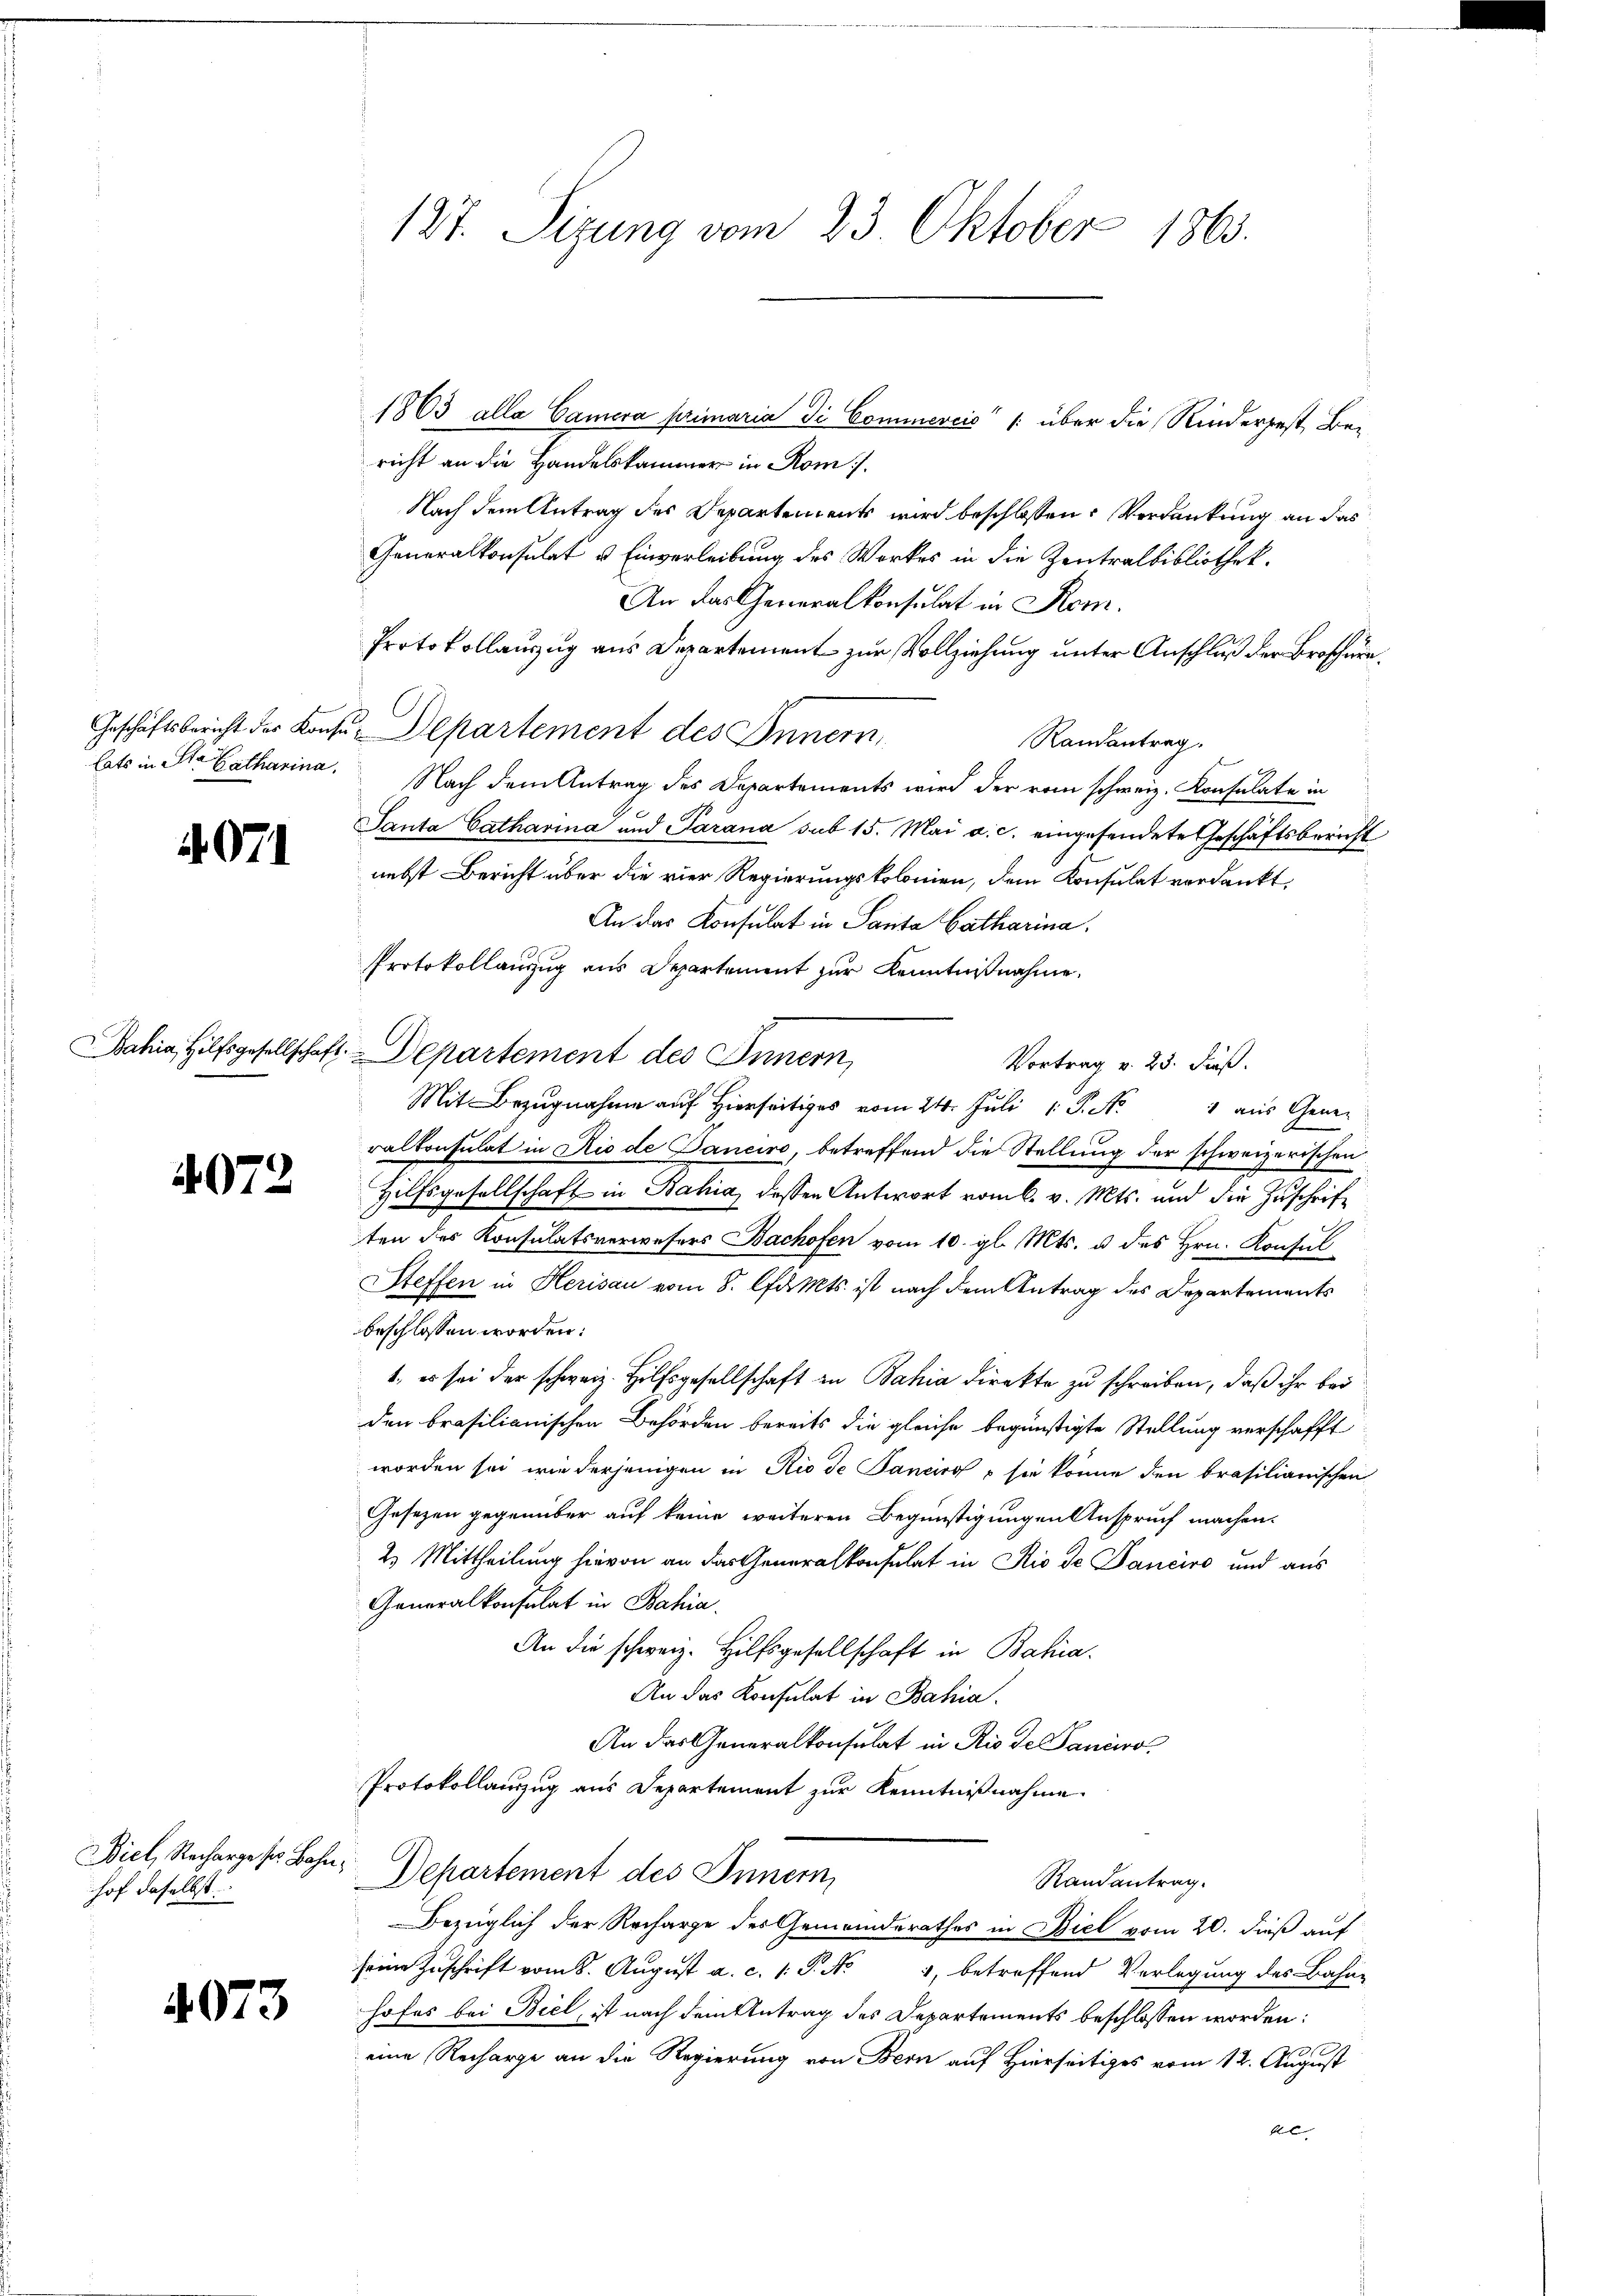
Geschäftsbericht des Konsi
lats in St. Catharina.

4071

4072

Biel, Recharge ser Bahn
hof daselbst

4073

127. Sizung vom 23. Oktober 1863.

1863 alle Camera primaria di Cominereis /: über die Rinderpest, Be-
richt an die Handelskammer in Rom.
Nach dem Antrag des Departements wird beschlossen: Verdankung an das
Generalkonsulat & Einverleibung des Werkes in die Zentralbibliothek.
An das Generalkonsulat in Rom.
Protokollauszug aus Departement zur Vollziehung unter Anschluß der Broschura¬
Departement des Innern
Randantrag.
Nach dem Antrag des Departements wird der vom schweiz. Konsulate in
Santa Catharina und Parana sub 15. Mai a. c. eingesendete Geschäftsbericht
nebst Bericht über die vier Regierungskolonien, dem Konsulat verdankt.
An das Konsulat in Santa Catharina,
Protokollauszug aus Departement zur Kenntnißnahme.
Bahia Hilfsgesellschaft. Departement des Innern,
Vortrag v. 25. Fuß.
Mit Bezugnahme auf hierseitiges vom 24. Juli 1 S. N. 1 aŭs Gener
ralkonsulat in Rio de Banciro, betreffend die Stellung der schweizerischen
Hilfsgesellschaft in Bahia, dessen Antwort vom 6. v. Mts. und die Zuschriften des Konsulatsverwesers Bachofen vom 10. gl. Mts. u. des Hrn. Konsul
Steffen in Herisau vom 8. d. Mts. ist nach dem Antrag des Departements
beschlossen worden:
1. es sei der schweiz. Hilfsgesellschaft in Bahia direkte zu schreiben, daß ihr bei
den brasilianischen Behörden bereits die gleiche begünstigte Stellung verschafft
worden sei, wie derjenigen in Rio de Panciro, sie könne den brasilianischen
Gesezen gegenüber auf keine weiteren Begünstigungen Anspruch machen.
2. Mittheilung hievon an das Generalkonsulat in Rio de Panciro und aus
Generalkonsulat in Bahia
An die schweiz. Hilfsgesellschaft in Bahia.
An das Konsulat in Bahia.
An das Generalkonsulat in Rio de Panciro¬
Protokollauszug aus Departement zur Kenntnißnahme
Departement des Innern,
Randantrag.
Bezüglich der Recharge des Gemeinderathes in Biel vom 20. dieß auf
seine Zuschrift vom 8. August a. c. 1. P. Nr. 4, betreffend Verlegung des Bahne
hofes bei Biel, ist nach dem Antrag des Departements beschlossen worden:
eine Recharge an die Regierung von Bern auf Hierseitiges vom 12. August
de